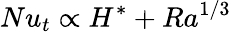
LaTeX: Nu_{t}\propto H^{*}+Ra^{1/3}